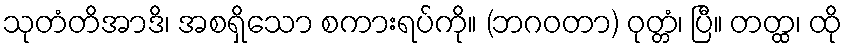
သုတံတိအာဒိ၊ အစရှိသော စကားရပ်ကို။ (ဘဂဝတာ) ဝုတ္တံ၊ ပြီ။ တတ္ထ၊ ထို